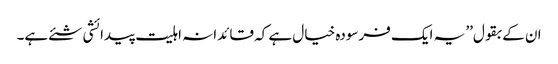
ان کے بقول’’ یہ ایک فرسودہ خیال ہے کہ قائدانہ اہلیت پیدائشی شئے ہے۔